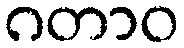
ဂတာဝ